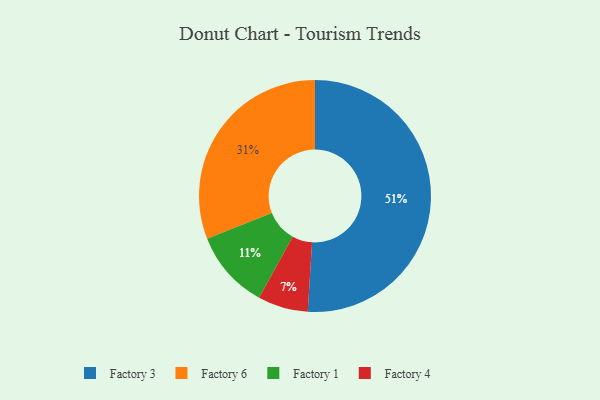
{"axis": {"x": "Category", "y": "Percentage"}, "legend": ["Factory 1", "Factory 3", "Factory 4", "Factory 6"], "data": [{"x": "Factory 4", "y": 7, "type": "Factory 4"}, {"x": "Factory 3", "y": 51, "type": "Factory 3"}, {"x": "Factory 6", "y": 31, "type": "Factory 6"}, {"x": "Factory 1", "y": 11, "type": "Factory 1"}]}